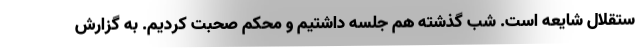
ستقلال شایعه است. شب گذشته هم جلسه داشتیم و محکم صحبت کردیم. به گزارش